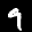
Label: 9